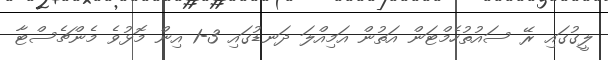
ލީގުގައި ރޭ ސައުތުހެމްޓަން އަތުން އަމިއްލަ ދަނޑުގައި 3-1 އިން މޮޅުވެ މެންޗެސްޓާ